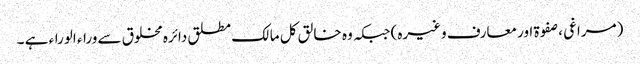
(مراغی ، صفوۃ اور معارف وغیرہ) جبکہ وہ خالق کل مالک مطلق دائرہ مخلوق سے وراء الوراء ہے ۔